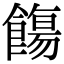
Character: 𩞃